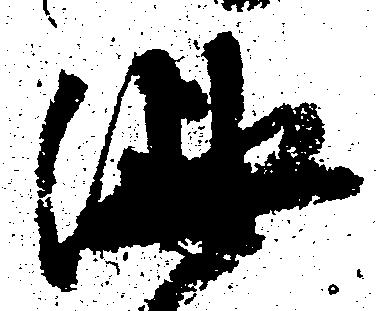
油